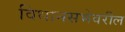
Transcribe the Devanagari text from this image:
विधानसभेवरील